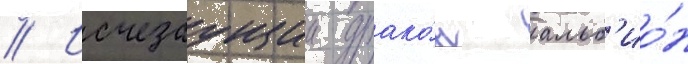
// Исчезаущии драко́н альб'ио́н